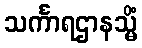
သင်္ကာရဌာနသ္မိံ